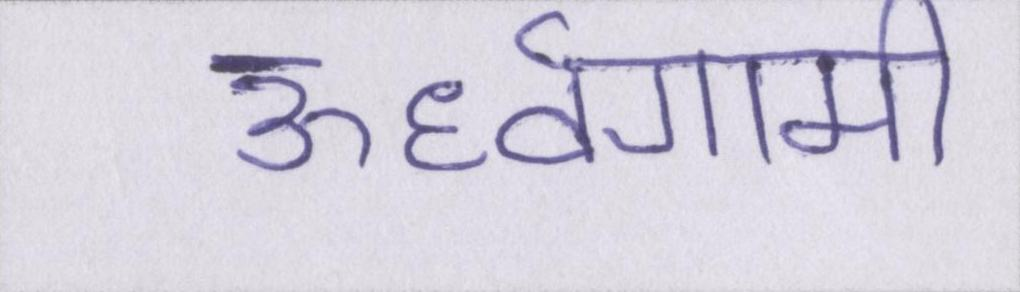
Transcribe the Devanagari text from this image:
ऊर्ध्वगामी